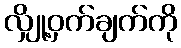
လျှို့ဝှက်ချက်ကို